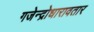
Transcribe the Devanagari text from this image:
गजेन्द्रोधारावतार